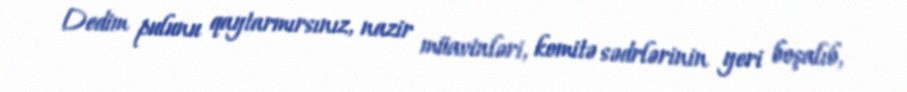
Dedim pulunu qaytarmırsınız, nazir müavinləri, komitə sədrlərinin yeri boşalıb,